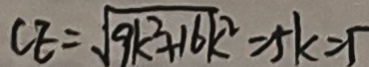
C E = \sqrt { 9 k ^ { 2 } + 1 6 k ^ { 2 } } = 5 k = 5